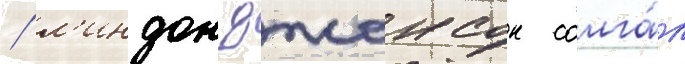
/ л'индон джонсон солга́л